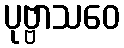
ပုဗ္ဗာသဝေ